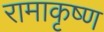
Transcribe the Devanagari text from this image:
रामाकृष्ण